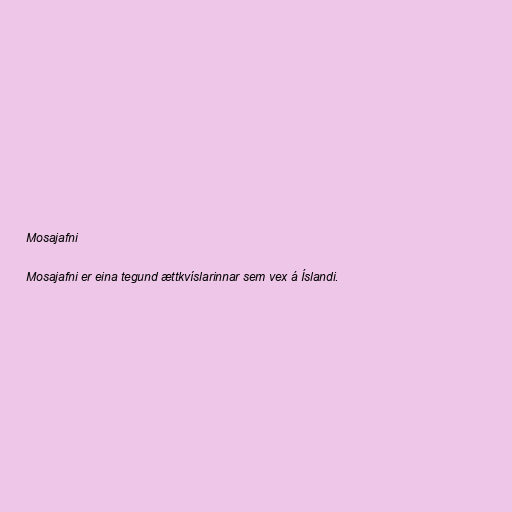
Mosajafni

Mosajafni er eina tegund ættkvíslarinnar sem vex á Íslandi.